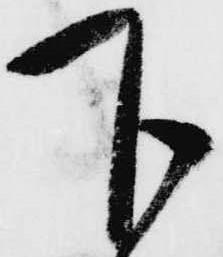
下